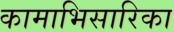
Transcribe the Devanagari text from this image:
कामाभिसारिका